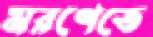
মরণেতে